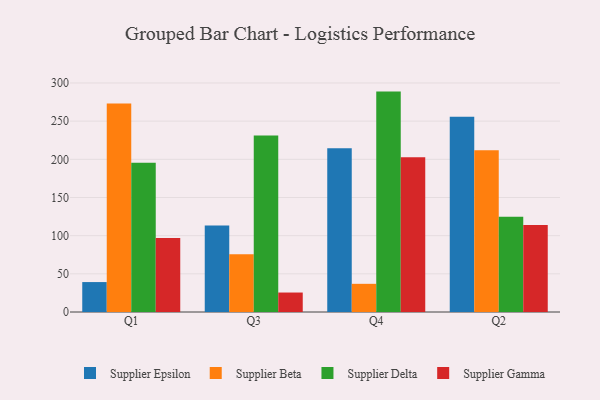
{"axis": {"x": "Quarter", "y": "Page Views"}, "legend": ["Supplier Beta", "Supplier Delta", "Supplier Epsilon", "Supplier Gamma"], "data": [{"x": "Q1", "y": 39.2, "type": "Supplier Epsilon"}, {"x": "Q1", "y": 273.0, "type": "Supplier Beta"}, {"x": "Q1", "y": 195.5, "type": "Supplier Delta"}, {"x": "Q1", "y": 96.9, "type": "Supplier Gamma"}, {"x": "Q3", "y": 113.3, "type": "Supplier Epsilon"}, {"x": "Q3", "y": 75.8, "type": "Supplier Beta"}, {"x": "Q3", "y": 231.3, "type": "Supplier Delta"}, {"x": "Q3", "y": 25.5, "type": "Supplier Gamma"}, {"x": "Q4", "y": 214.5, "type": "Supplier Epsilon"}, {"x": "Q4", "y": 36.9, "type": "Supplier Beta"}, {"x": "Q4", "y": 288.7, "type": "Supplier Delta"}, {"x": "Q4", "y": 202.7, "type": "Supplier Gamma"}, {"x": "Q2", "y": 255.7, "type": "Supplier Epsilon"}, {"x": "Q2", "y": 212.0, "type": "Supplier Beta"}, {"x": "Q2", "y": 124.7, "type": "Supplier Delta"}, {"x": "Q2", "y": 113.8, "type": "Supplier Gamma"}]}